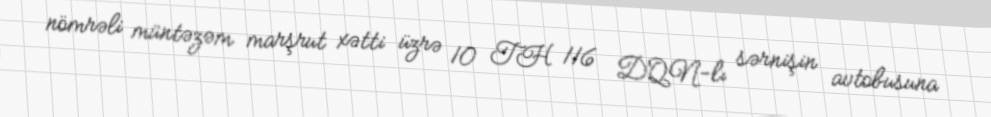
nömrəli müntəzəm marşrut xətti üzrə 10 TH 116 DQN-lı sərnişin avtobusuna